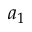
a _ { 1 }